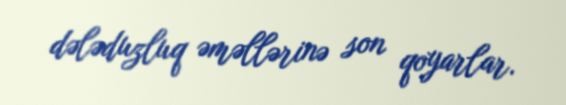
dələduzluq əməllərinə son qoyarlar.